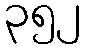
၃၅၂